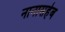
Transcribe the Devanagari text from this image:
नानासहेब